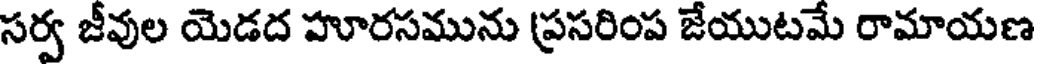
సర్వ జీవుల యెడద హూరసమును (ప్రసరింప జేయుటమే రామాయణ